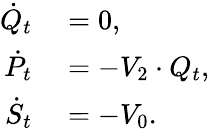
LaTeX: \begin{array}{rl}{\dot{Q}_{t}}&{{}=0,}\\ {\dot{P}_{t}}&{{}=-V_{2}\cdot Q_{t},}\\ {\dot{S}_{t}}&{{}=-V_{0}.}\end{array}